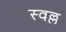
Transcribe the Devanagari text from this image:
स्वल्ल